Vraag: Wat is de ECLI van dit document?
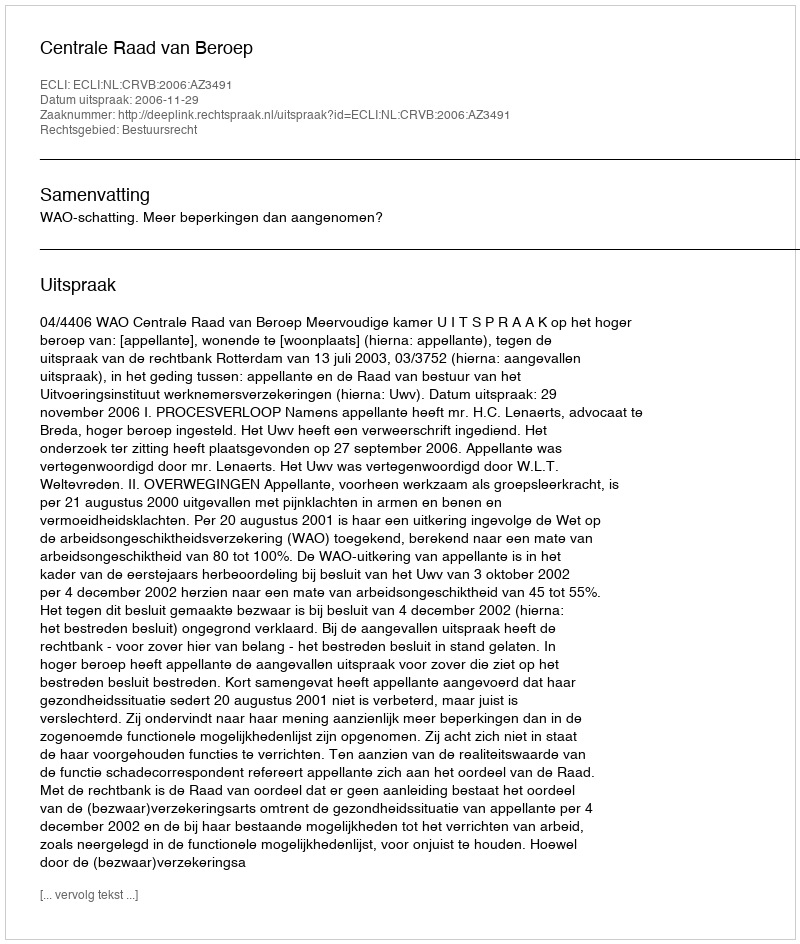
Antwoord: ECLI:NL:CRVB:2006:AZ3491